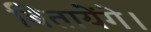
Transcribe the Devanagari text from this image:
बितायेंगे।